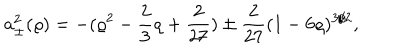
LaTeX: a _ { \pm } ^ { 2 } ( \varrho ) = - ( \varrho ^ { 2 } - \frac 2 3 \varrho + \frac { 2 } { 2 7 } ) \pm \frac { 2 } { 2 7 } ( 1 - 6 \varrho ) ^ { 3 / 2 } ,